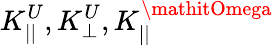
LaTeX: K_{||}^{U},K_{\perp}^{U},K_{||}^{\mathitOmega}